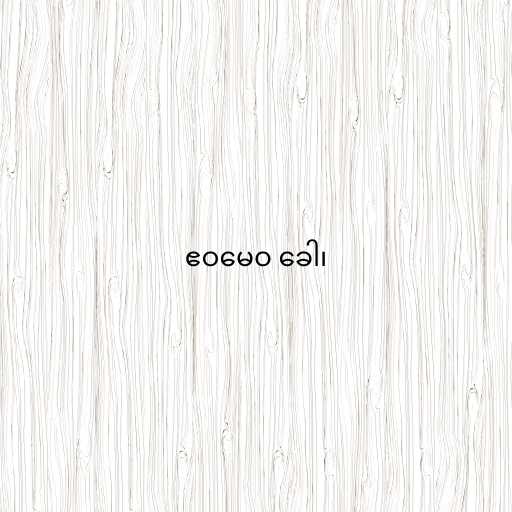
ဧဝမေဝ ခေါ၊